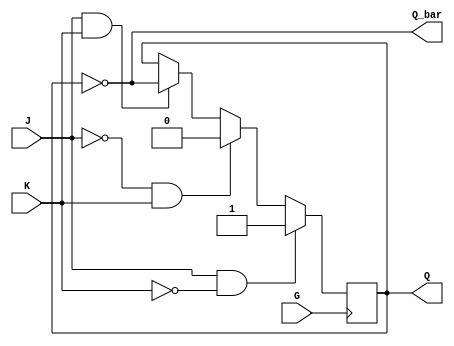
module GatedJKLatch (
    input wire J,       // Data input for setting the latch
    input wire K,       // Data input for resetting the latch
    input wire G,       // Enable signal
    output reg Q,       // Current state output
    output wire Q_bar   // Complementary output
);

// Complementary output
assign Q_bar = ~Q;

// Always block sensitive to changes in J, K, and G
always @(posedge G) begin
    if (G) begin
        if (J && ~K) begin
            Q <= 1'b1;  // Set state
        end else if (~J && K) begin
            Q <= 1'b0;  // Reset state
        end else if (J && K) begin
            Q <= ~Q;    // Toggle state
        end
        // If J and K are both 0, maintain the current state
    end
end

endmodule